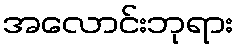
အလောင်းဘုရား